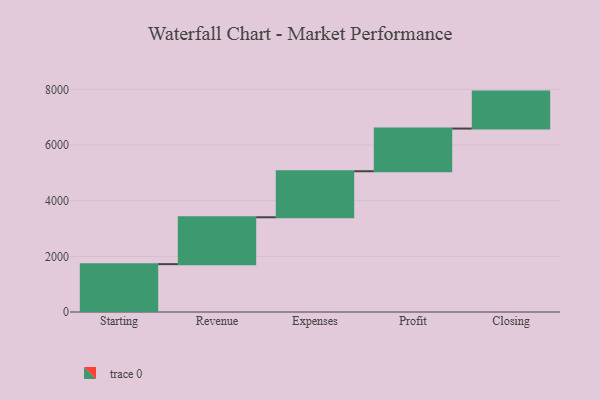
{"axis": {"x": "Step", "y": "Value"}, "legend": [""], "data": [{"x": "Starting", "y": 1720.0, "type": ""}, {"x": "Revenue", "y": 1684.0, "type": ""}, {"x": "Expenses", "y": 1654.0, "type": ""}, {"x": "Profit", "y": 1534.0, "type": ""}, {"x": "Closing", "y": 1328.0, "type": ""}]}